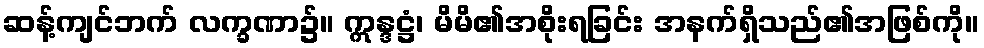
ဆန့်ကျင်ဘက် လက္ခဏာ၌။ ဣန္ဒဋ္ဌံ၊ မိမိ၏အစိုးရခြင်း အနက်ရှိသည်၏အဖြစ်ကို။